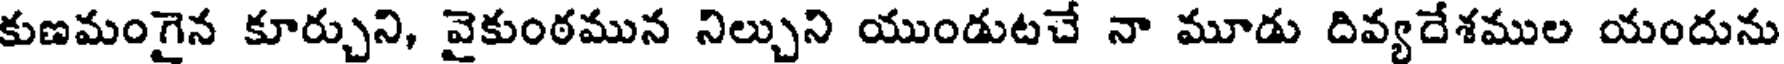
కుణమంగైన కూర్చుని, వైకుంఠమున నిల్చుని యుండుటచే నా మూడు దివ్యదేశముల యందును